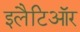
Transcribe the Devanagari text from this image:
इलैटिऑर